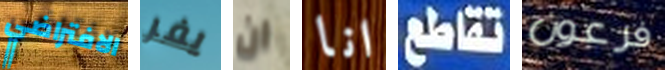
الافتراضي يفر ان انا تقاطع فرعون